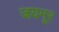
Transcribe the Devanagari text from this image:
जयमूर